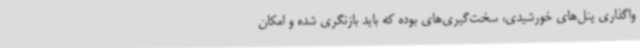
واگذاری پنل‌های خورشیدی، سخت‌گیری‌های بوده که باید بازنگری شده و امکان